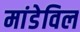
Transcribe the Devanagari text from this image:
मांडेविल